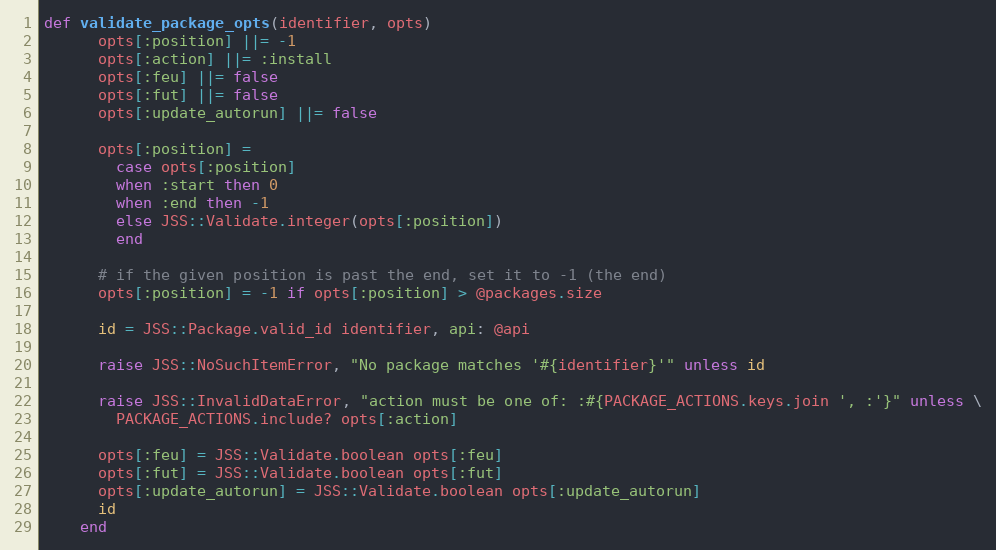
Language: Ruby
def validate_package_opts(identifier, opts)
      opts[:position] ||= -1
      opts[:action] ||= :install
      opts[:feu] ||= false
      opts[:fut] ||= false
      opts[:update_autorun] ||= false

      opts[:position] =
        case opts[:position]
        when :start then 0
        when :end then -1
        else JSS::Validate.integer(opts[:position])
        end

      # if the given position is past the end, set it to -1 (the end)
      opts[:position] = -1 if opts[:position] > @packages.size

      id = JSS::Package.valid_id identifier, api: @api

      raise JSS::NoSuchItemError, "No package matches '#{identifier}'" unless id

      raise JSS::InvalidDataError, "action must be one of: :#{PACKAGE_ACTIONS.keys.join ', :'}" unless \
        PACKAGE_ACTIONS.include? opts[:action]

      opts[:feu] = JSS::Validate.boolean opts[:feu]
      opts[:fut] = JSS::Validate.boolean opts[:fut]
      opts[:update_autorun] = JSS::Validate.boolean opts[:update_autorun]
      id
    end